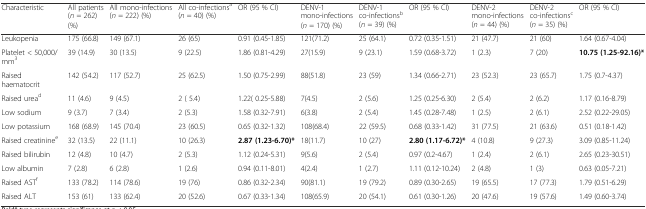
<table><thead><tr><td><b>Characteristic</b></td><td><b>All patients(<i>n</i> = 262) (%)</b></td><td><b>All mono-infections(<i>n</i> = 222) (%)</b></td><td><b>All co-infections<sup>a</sup>(<i>n</i> = 40) (%)</b></td><td><b>OR (95 % CI)</b></td><td><b>DENV-1 mono-infections(<i>n</i> = 170) (%)</b></td><td><b>DENV-1 co-infections<sup>b</sup>(<i>n</i> = 39) (%)</b></td><td><b>OR (95 % CI)</b></td><td><b>DENV-2 mono-infections(<i>n</i> = 44) (%)</b></td><td><b>DENV-2 co-infections<sup>c</sup>(<i>n</i> = 35) (%)</b></td><td><b>OR (95 % CI)</b></td></tr></thead><tbody><tr><td>Leukopenia</td><td>175 (66.8)</td><td>149 (67.1)</td><td>26 (65)</td><td>0.91 (0.45-1.85)</td><td>121(71.2)</td><td>25 (64.1)</td><td>0.72 (0.35-1.51)</td><td>21 (47.7)</td><td>21 (60)</td><td>1.64 (0.67-4.04)</td></tr><tr><td>Platelet &lt; 50,000/mm<sup>3</sup></td><td>39 (14.9)</td><td>30 (13.5)</td><td>9 (22.5)</td><td>1.86 (0.81-4.29)</td><td>27(15.9)</td><td>9 (23.1)</td><td>1.59 (0.68-3.72)</td><td>1 (2.3)</td><td>7 (20)</td><td><b>10.75 (1.25-92.16)*</b></td></tr><tr><td>Raised haematocrit</td><td>142 (54.2)</td><td>117 (52.7)</td><td>25 (62.5)</td><td>1.50 (0.75-2.99)</td><td>88(51.8)</td><td>23 (59)</td><td>1.34 (0.66-2.71)</td><td>23 (52.3)</td><td>23 (65.7)</td><td>1.75 (0.7-4.37)</td></tr><tr><td>Raised urea<sup>d</sup></td><td>11 (4.6)</td><td>9 (4.5)</td><td>2 ( 5.4)</td><td>1.22( 0.25-5.88)</td><td>7(4.5)</td><td>2 (5.6)</td><td>1.25 (0.25-6.30)</td><td>2 (5.4)</td><td>2 (6.2)</td><td>1.17 (0.16-8.79)</td></tr><tr><td>Low sodium</td><td>9 (3.7)</td><td>7 (3.4)</td><td>2 (5.3)</td><td>1.58 (0.32-7.91)</td><td>6(3.8)</td><td>2 (5.4)</td><td>1.45 (0.28-7.48)</td><td>1 (2.5)</td><td>2 (6.1)</td><td>2.52 (0.22-29.05)</td></tr><tr><td>Low potassium</td><td>168 (68.9)</td><td>145 (70.4)</td><td>23 (60.5)</td><td>0.65 (0.32-1.32)</td><td>108(68.4)</td><td>22 (59.5)</td><td>0.68 (0.33-1.42)</td><td>31 (77.5)</td><td>21 (63.6)</td><td>0.51 (0.18-1.42)</td></tr><tr><td>Raised creatinine<sup>e</sup></td><td>32 (13.5)</td><td>22 (11.1)</td><td>10 (26.3)</td><td><b>2.87 (1.23-6.70)*</b></td><td>18(11.7)</td><td>10 (27)</td><td><b>2.80 (1.17-6.72)*</b></td><td>4 (10.8)</td><td>9 (27.3)</td><td>3.09 (0.85-11.24)</td></tr><tr><td>Raised bilirubin</td><td>12 (4.8)</td><td>10 (4.7)</td><td>2 (5.3)</td><td>1.12 (0.24-5.31)</td><td>9(5.6)</td><td>2 (5.4)</td><td>0.97 (0.2-4.67)</td><td>1 (2.4)</td><td>2 (6.1)</td><td>2.65 (0.23-30.51)</td></tr><tr><td>Low albumin</td><td>7 (2.8)</td><td>6 (2.8)</td><td>1 (2.6)</td><td>0.94 (0.11-8.01)</td><td>4(2.4)</td><td>1 (2.7)</td><td>1.11 (0.12-10.24)</td><td>2 (4.8)</td><td>1 (3)</td><td>0.63 (0.05-7.21)</td></tr><tr><td>Raised AST<sup>f</sup></td><td>133 (78.2)</td><td>114 (78.6)</td><td>19 (76)</td><td>0.86 (0.32-2.34)</td><td>90(81.1)</td><td>19 (79.2)</td><td>0.89 (0.30-2.65)</td><td>19 (65.5)</td><td>17 (77.3)</td><td>1.79 (0.51-6.29)</td></tr><tr><td>Raised ALT</td><td>153 (61)</td><td>133 (62.4)</td><td>20 (52.6)</td><td>0.67 (0.33-1.34)</td><td>108(65.9)</td><td>20 (54.1)</td><td>0.61 (0.30-1.26)</td><td>20 (47.6)</td><td>19 (57.6)</td><td>1.49 (0.60-3.74)</td></tr></tbody></table>